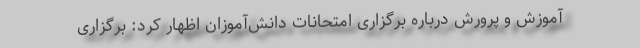
آموزش و پرورش درباره برگزاری امتحانات دانش‌آموزان اظهار کرد: برگزاری